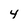
Character: 4